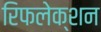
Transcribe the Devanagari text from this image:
रिफलेक्शन